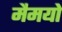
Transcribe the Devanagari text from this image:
मैमयो